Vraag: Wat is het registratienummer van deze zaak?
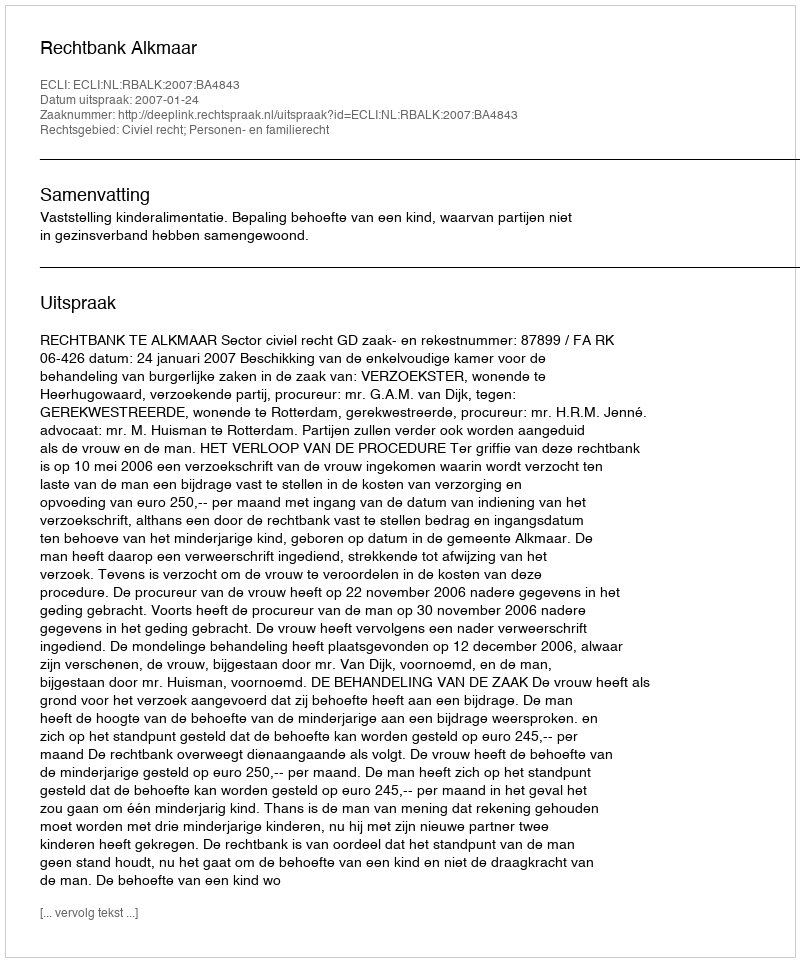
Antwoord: http://deeplink.rechtspraak.nl/uitspraak?id=ECLI:NL:RBALK:2007:BA4843